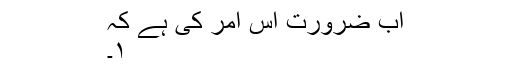
اب ضرورت اس امر کی ہے کہ
۱۔